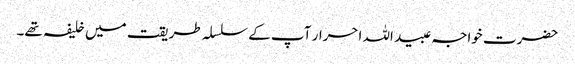
حضرت خواجہ عبید اللہ احرار آپ کے سلسلہ طریقت میں خلیفہ تھے۔